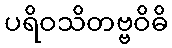
ပရိဝသိတဗ္ဗဝိဓိ